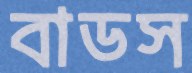
বাডস